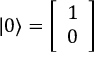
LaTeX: | 0 \rangle = { \left[ \begin{array} { l } { 1 } \\ { 0 } \end{array} \right] }